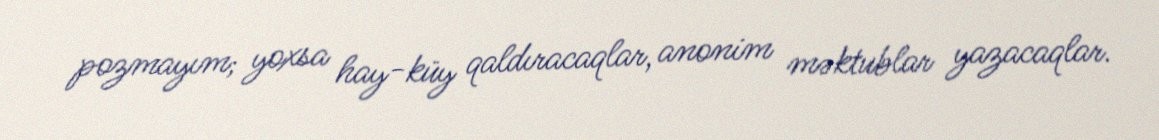
pozmayım; yoxsa hay-küy qaldıracaqlar, anonim məktublar yazacaqlar.